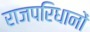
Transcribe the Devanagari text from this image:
राजपरिधानों